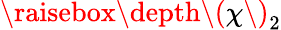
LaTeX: \raisebox{\depth}{\( \chi\) }_{2}